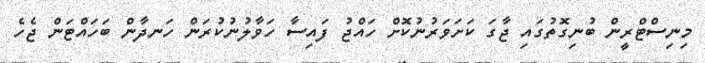
މިނިސްޓްރީން ބުނިގޮތުގައި ޖާގަ ކަށަވަރުނުކޮށް ހައްޖު ފައިސާ ހަވާލުނުކުރަން ހަނދާން ބަހައްޓަން ޖެހެ